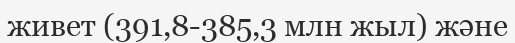
живет (391,8-385,3 млн жыл) және